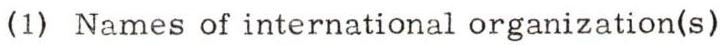
(1) Names of international organization(s)